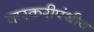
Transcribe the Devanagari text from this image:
वारकरीपंथीय